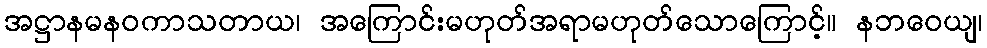
အဋ္ဌာနမနဝကာသတာယ၊ အကြောင်းမဟုတ်အရာမဟုတ်သောကြောင့်။ နဘဝေယျ၊